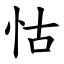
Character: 怙